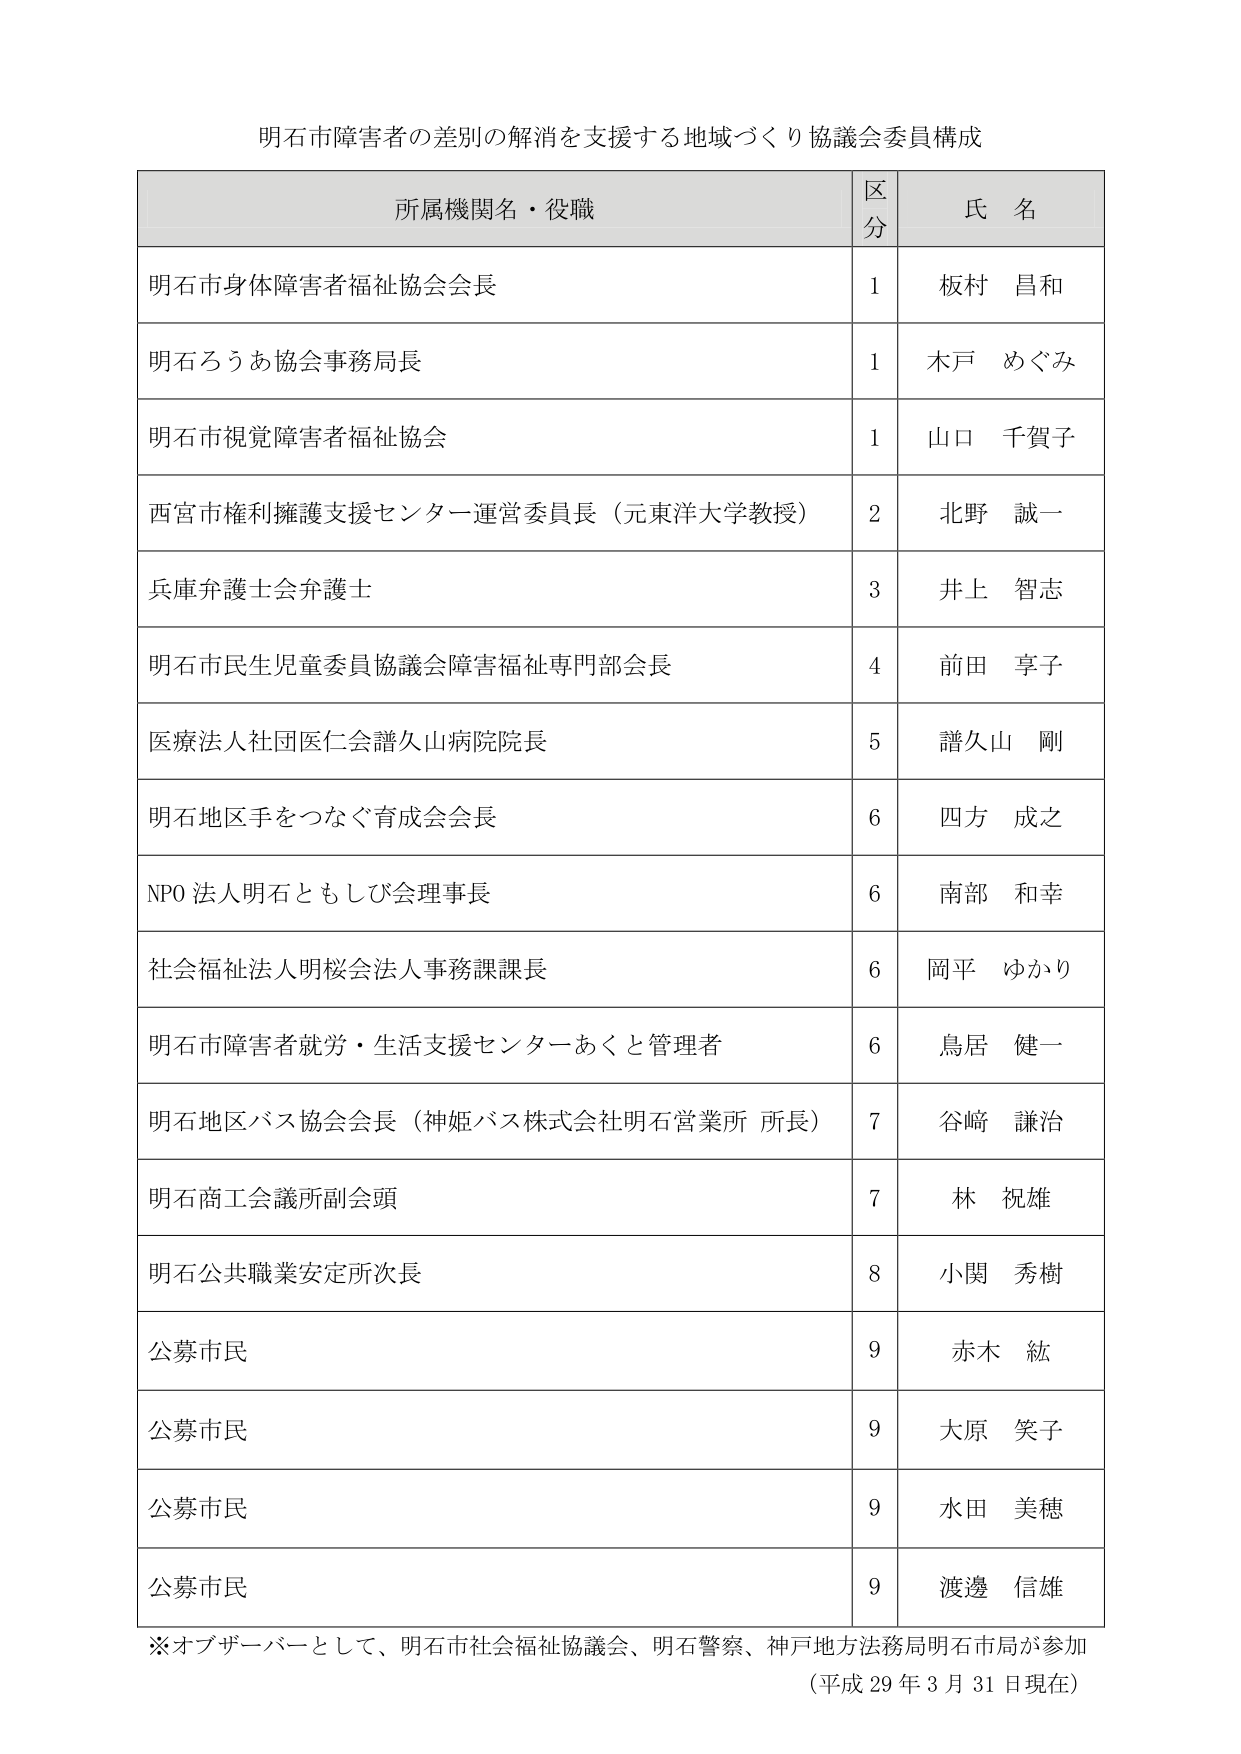
明石市障害者の差別の解消を支援する地域づくり協議会委員構成

所属機関名・役職 区分 氏名
明石市身体障害者福祉協会会長 1 板村 昌和
明石ろうあ協会事務局長 1 木戸 めぐみ
明石市視覚障害者福祉協会 1 山口 千賀子
西宮市権利擁護支援センター運営委員長（元東洋大学教授） 2 北野 誠一
兵庫弁護士会弁護士 3 井上 智志
明石市民生児童委員協議会障害福祉専門部会長 4 前田 享子
医療法人社団医仁会譜久山病院院長 5 譜久山 剛
明石地区手をつなぐ育成会会長 6 四方 成之
NPO 法人明石ともしび会理事長 6 南部 和幸
社会福祉法人明桜会法人事務課課長 6 岡平 ゆかり
明石市障害者就労・生活支援センターあくと管理者 6 鳥居 健一
明石地区バス協会会長（神姫バス株式会社明石営業所 所長） 7 谷﨑 謙治
明石商工会議所副会頭 7 林 祝雄
明石公共職業安定所次長 8 小関 秀樹
公募市民 9 赤木 紘
公募市民 9 大原 笑子
公募市民 9 水田 美穂
公募市民 9 渡邊 信雄

※オブザーバーとして、明石市社会福祉協議会、明石警察、神戸地方法務局明石市局が参加
（平成29年3月31日現在）